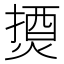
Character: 𰟇